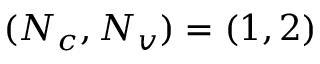
( N _ { c } , N _ { v } ) = ( 1 , 2 )